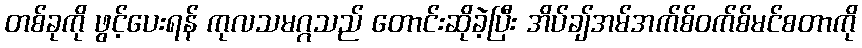
တစ်ခုကို ဖွင့်ပေးရန် ကုလသမဂ္ဂသည် တောင်းဆိုခဲ့ပြီး အိပ်ချ်အမ်အက်စ်ဝက်စ်မင်စတာကို